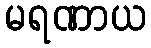
မရဏာယ